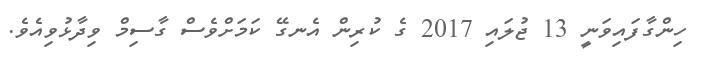
ހިންގާފައިވަނީ 13 ޖުލައި 2017 ގެ ކުރިން އެނގޭ ކަމަށްވެސް ގާސިމް ވިދާޅުވިއެވެ.